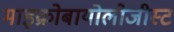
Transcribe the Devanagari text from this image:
माइक्रोबायोलोजीस्ट